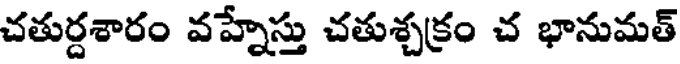
చతుర్దశారం వహ్నేస్తు చతుశ్చక్రం చ భానుమత్